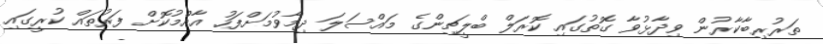
ތަރުރިބާކާރުން ވިދާޅުވާ ގޮތުގައި ކޮރަލް ބްލީޗިންގެ މައްސަލަ ދިމާވުމަށްފަހު އާއްމުކޮށް ފަރުތައް ކުރީގައި